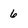
Character: 6